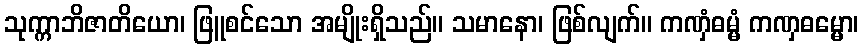
သုက္ကာဘိဇာတိယော၊ ဖြူစင်သော အမျိုးရှိသည်။ သမာနော၊ ဖြစ်လျက်။ ကဏှံဓမ္မံ ကဏှဓမ္မော၊